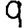
Digit: 9